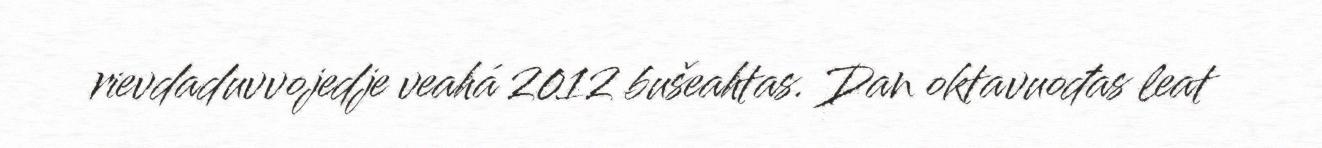
rievdaduvvojedje veahá 2012 bušeahtas. Dan oktavuođas leat